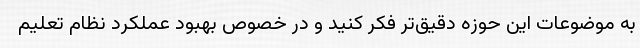
به موضوعات این حوزه دقیق‌تر فکر کنید و در خصوص بهبود عملکرد نظام تعلیم